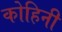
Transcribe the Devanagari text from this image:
कोहिनी